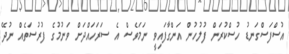
އުސްފަސްގަނޑު ހުސްކުރަން ފުލުހުން އަންގާފައިވީ ނަމަވެސް އެ ސަރަހައްދަށް ވަނުމުގެ ފުރުސަތެއް ނުދޭ